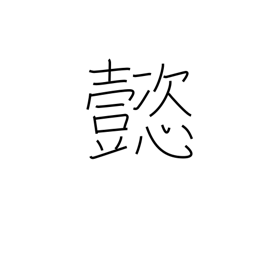
Meaning: splendid